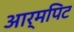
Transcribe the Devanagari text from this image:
आर्मपिट